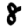
Digit: 8